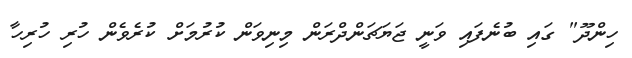
ހިންދޫ" ގައި ބުނެފައި ވަނީ ޖަޔަޗަންދްރަން މިނިވަން ކުރުމަށް ކުރެވެން ހުރި ހުރިހާ